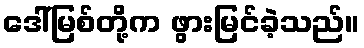
ဒေါ်မြစ်တို့က ဖွားမြင်ခဲ့သည်။